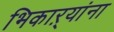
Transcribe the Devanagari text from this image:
भिकाऱ्यांना